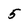
Character: 5